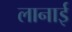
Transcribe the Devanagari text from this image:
लानाई